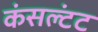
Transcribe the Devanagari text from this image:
कंसल्टंट